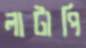
লাটাপি